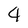
Character: 4